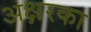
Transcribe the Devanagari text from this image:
अक्षरका